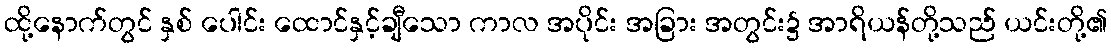
ထို့နောက်တွင် နှစ် ပေါင်း ထောင်နှင့်ချီသော ကာလ အပိုင်း အခြား အတွင်း၌ အာရိယန်တို့သည် ယင်းတို့၏